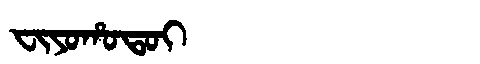
Manchu: ᠸᡳᠶᠣᡥᠣᡨᠣᡳ
Romanization: FIYOHOTOI